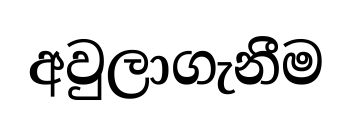
අවුලාගැනීම